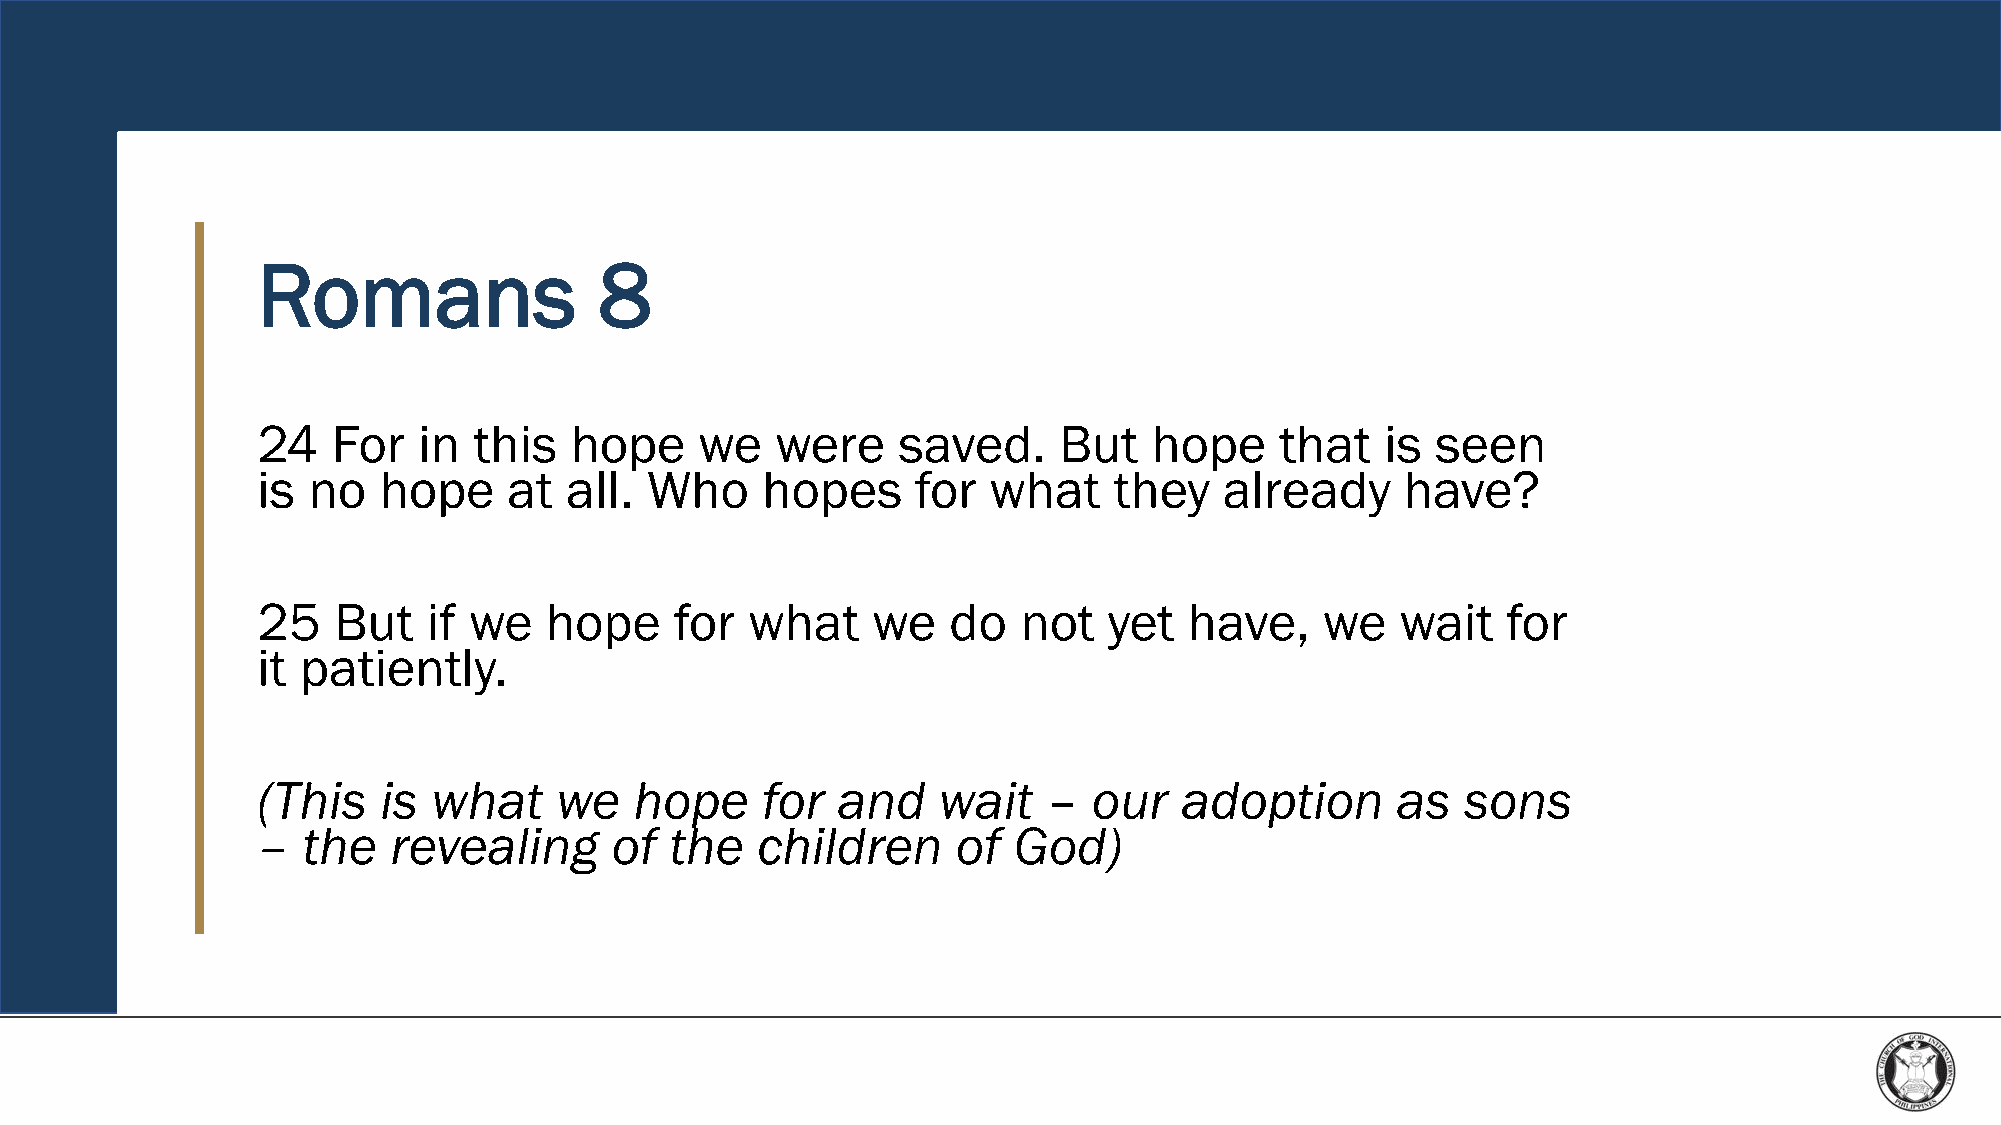
Romans                 8
 24   For   in this   hope    we   were    saved.     But   hope     that   is seen
 is no   hope     at all.  Who    hopes      for what     they   already     have?
 25   But   if we   hope     for  what    we   do   not  yet   have,    we   wait   for
 it patiently.
 (This   is  what    we   hope    for  and    wait   –  our   adoption      as   sons
 –  the   revealing     of  the   children     of  God)